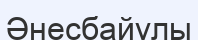
Әнесбайұлы